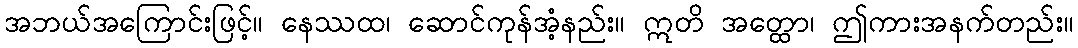
အဘယ်အကြောင်းဖြင့်။ နေဿထ၊ ဆောင်ကုန်အံ့နည်း။ ဣတိ အတ္ထော၊ ဤကားအနက်တည်း။